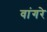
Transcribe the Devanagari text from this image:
वांगरे